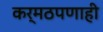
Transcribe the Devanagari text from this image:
कर्मठपणाही